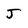
Character: J